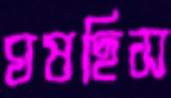
ঘষছিস